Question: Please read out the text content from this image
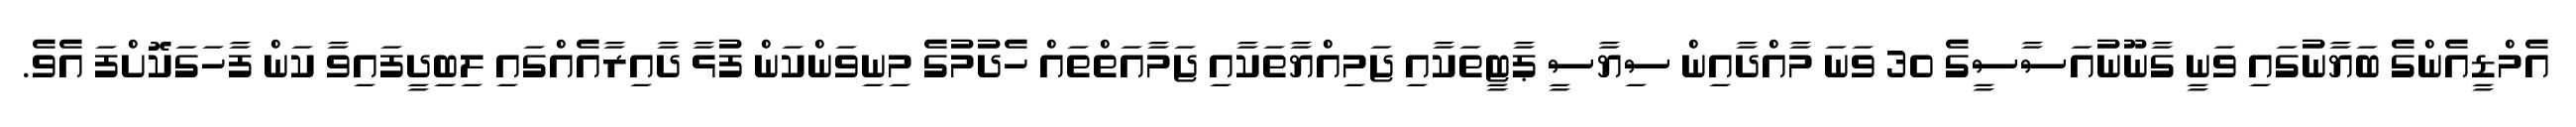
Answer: އެމްޑީއެންގެ ބަޔާނުގައި ވަނީ ގާނޫނުއަސާސީގެ 30 ވަނަ މާއްދާއިން ސިޔާސީ ޕާޓީތަކާއި ޖަމިއްޔާތަކާއި ޖަމާއަތްތައް ހެދުމުގެ މިނިވަންކަން ފުޅާ ދާއިރާއެއްގައި ލިބިދީފައިވާ ކަން ފާހަގަކޮށްފަ އެވެ.